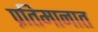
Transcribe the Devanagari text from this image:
प्रतिमानात